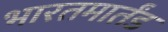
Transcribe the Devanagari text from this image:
भारतमार्तंड